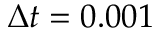
\Delta t = 0 . 0 0 1